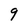
Character: 9